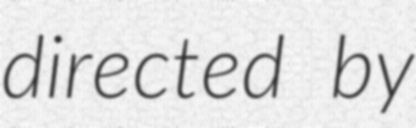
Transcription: directed by